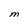
Character: m